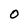
Character: 0